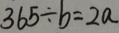
3 6 5 \div b = 2 a